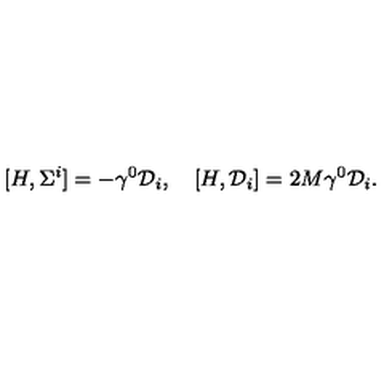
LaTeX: [ H , \Sigma ^ { i } ] = - \gamma ^ { 0 } { \cal D } _ { i } , \quad [ H , { \cal D } _ { i } ] = 2 M \gamma ^ { 0 } { \cal D } _ { i } .